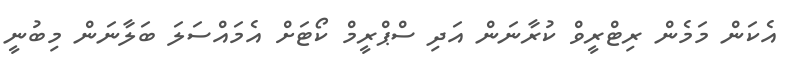
އެކަން މަމެން ރިޓްރީވް ކުރާނަން އަދި ސްޕްރީމް ކޯޓަށް އެމައްސަލަ ބަލާނަން މިބުނީ